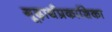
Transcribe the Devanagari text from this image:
गूढ़ार्थप्रकाशिका